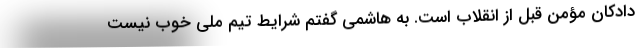
دادکان مؤمن قبل از انقلاب است. به هاشمی گفتم شرایط تیم ملی خوب نیست